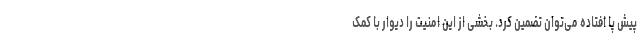
پیش پا افتاده می‌توان تضمین کرد. بخشی از این امنیت را دیوار با کمک